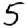
Digit: 5